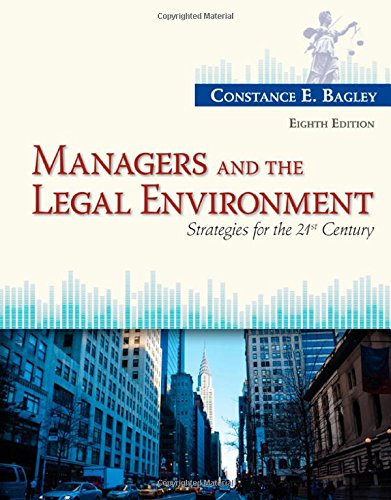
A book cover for Managers and the Legal Environment: Strategies for the 21st Century; Constance E. Bagley; Law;